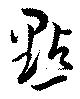
点